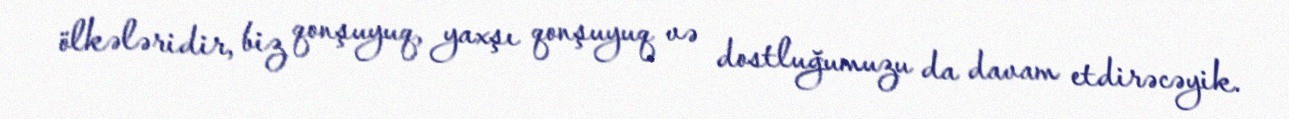
ölkələridir, biz qonşuyuq, yaxşı qonşuyuq və dostluğumuzu da davam etdirəcəyik.